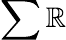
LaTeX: \sum\mathbb{R}